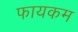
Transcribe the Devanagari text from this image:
फायकम